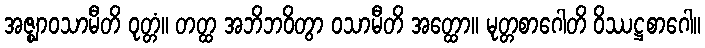
အဇ္ဈာဝသာမီတိ ဝုတ္တံ။ တတ္ထ အဘိဘဝိတွာ ဝသာမီတိ အတ္ထော။ မုတ္တစာဂေါတိ ဝိဿဋ္ဌစာဂေါ။